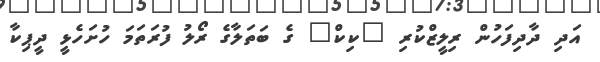
އަދި ދާދިފަހުން ރިލީޒްކުރި "ކިކް" ގެ ބަތަލާގެ ރޯލު ފުރަތަމަ ހުށަހެޅީ ދީޕިކާ